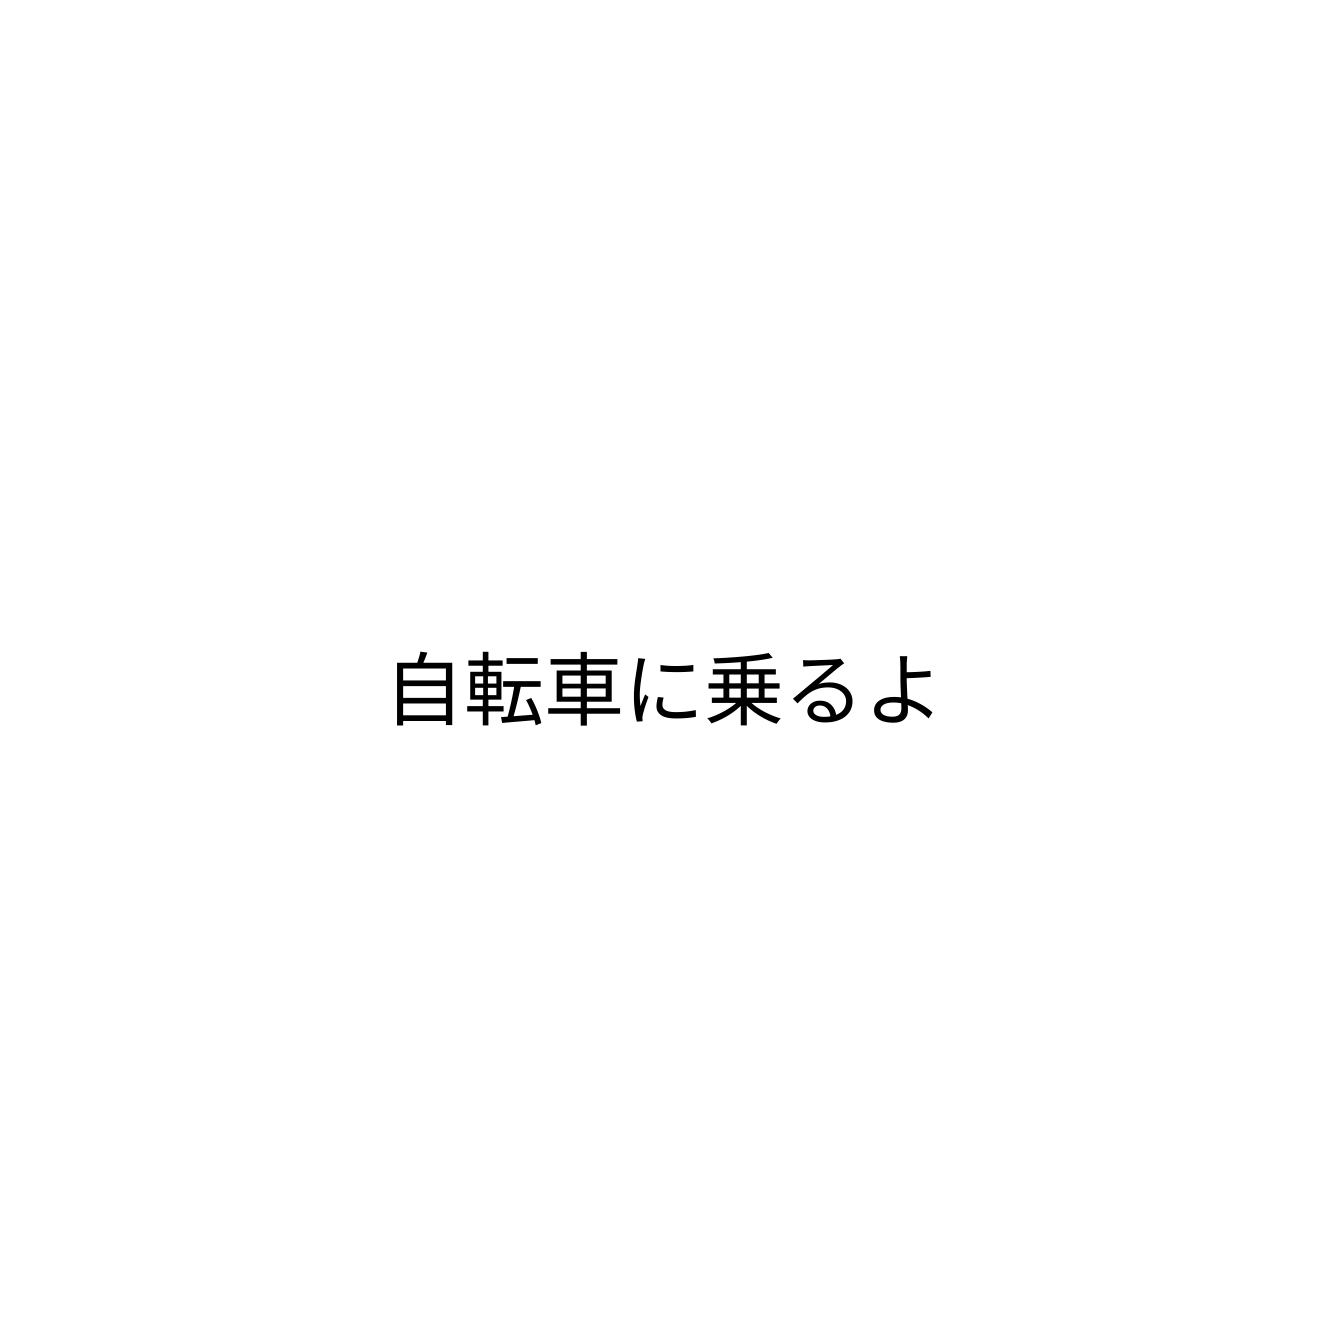
自転車に乗るよ